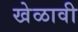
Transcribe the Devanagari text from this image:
खेळावी